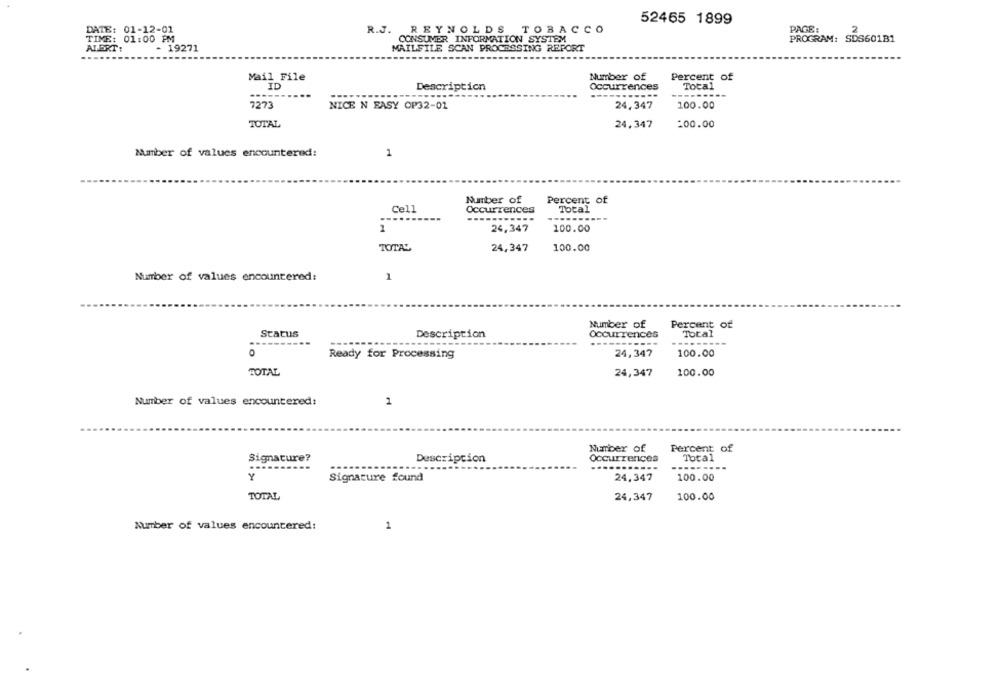
52465 1899
R.J. REYNOLDS TOBACCO
PAGE:
2
DATE: 01-12-01
TIME: 01:00 PM
CONSUMER INFORMATION SYSTEM
PROGRAM: SDS601B1
ALERT:
- 19271
MAILFILE SCAN PROCESSING REPORT
Mail File
Number of
Percent of
ID
Description
Occurrences
Total
7273
NICE N EASY OP32-01
24,347
100.00
TOTAL
24,347
:00.00
Number of values encountered:
1
Number of
Percent of
Cell
Total
Occurrences
1
24,347
100.00
TOTAL
24,347
100.00
Number of values encountered:
1
Number of
Percent of
Status
Occurrences
Total
Description
----
24,347
100.00
Ready for Processing
TOTAL
24,347
100.00
Number of values encountered:
1
Number of
Percent of
Signature?
Description
Occurrences
Total
---------
Y
Signature found
24,347
100.00
TOTAL
24,347
100.00
Number of values encountered:
1